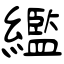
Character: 繿